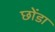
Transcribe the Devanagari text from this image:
छोंडा